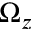
\Omega _ { z }